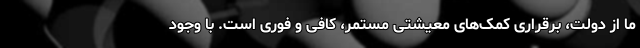
ما از دولت، برقراری کمک‌های معیشتی مستمر، کافی و فوری است. با وجود